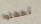
تمهلوا